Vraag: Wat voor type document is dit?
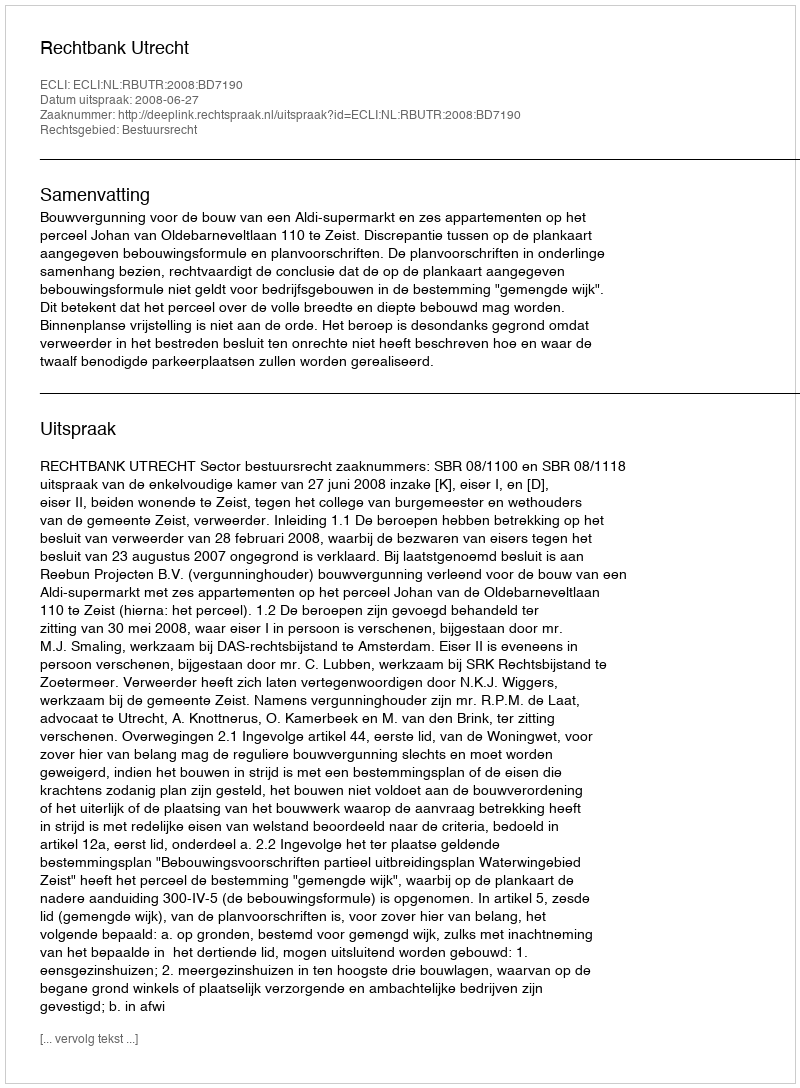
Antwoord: Uitspraak